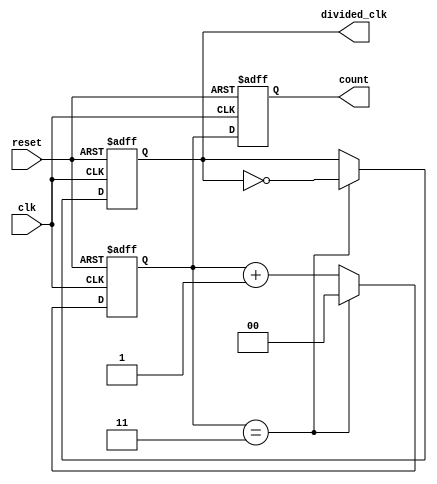
module divide_by_n_counter #(
    parameter N = 4  // Default value of N, can be overridden
) (
    input wire clk,          // Clock signal
    input wire reset,        // Asynchronous reset signal
    output reg [clog2(N)-1:0] count,   // Current count value
    output reg divided_clk    // Divided clock output
);

    // Function to calculate the logarithm base 2
    function integer clog2;
        input integer value;
        begin
            value = value - 1;
            for (clog2 = 0; value > 0; clog2 = clog2 + 1)
                value = value >> 1;
        end
    endfunction

    // Internal counter register
    reg [clog2(N)-1:0] counter;

    // Always block for counting and generating divided clock
    always @(posedge clk or posedge reset) begin
        if (reset) begin
            counter <= 0;            // Reset counter to 0
            count <= 0;              // Reset output count to 0
            divided_clk <= 0;        // Reset divided clock
        end else begin
            if (counter == N - 1) begin
                counter <= 0;        // Reset counter on reaching N
                divided_clk <= ~divided_clk; // Toggle divided clock
            end else begin
                counter <= counter + 1; // Increment counter
            end
            count <= counter;          // Update count output
        end
    end

endmodule